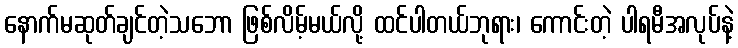
နောက်မဆုတ်ချင်တဲ့သဘော ဖြစ်လိမ့်မယ်လို့ ထင်ပါတယ်ဘုရား၊ ကောင်းတဲ့ ပါရမီအလုပ်နဲ့